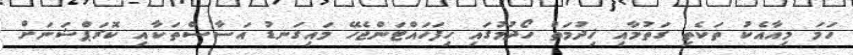
ހަމަ މިއާއެކު ތަކެތި ގަތުމާއި ޚިދުމަތް ހޯދުމުގައި ހިފަހައްޓަންޖެހޭ މައިގަނޑު އަސާސްތަކާއި ކޮރަޕްޝަނަށް